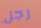
رجل